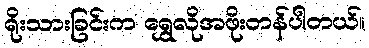
ရိုးသားခြင်းက ရွှေလိုအဖိုးတန်ပါတယ်။